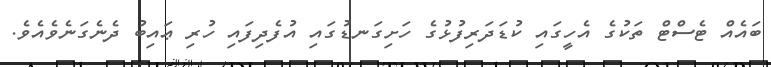
ބައެއް ޓެސްޓް ތަކުގެ އެހީގައި ކުޑަދަރިފުޅުގެ ހަށިގަނޑުގައި އުފެދިފައި ހުރި ޢައިބު ދެނެގަނެވެއެވެ.